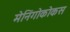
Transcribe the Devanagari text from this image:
मेनिंगोकोकस